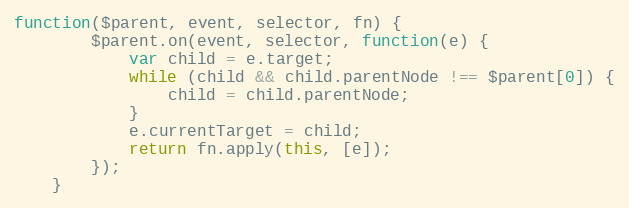
Language: JavaScript
function($parent, event, selector, fn) {
		$parent.on(event, selector, function(e) {
			var child = e.target;
			while (child && child.parentNode !== $parent[0]) {
				child = child.parentNode;
			}
			e.currentTarget = child;
			return fn.apply(this, [e]);
		});
	}